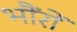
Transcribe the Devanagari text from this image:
भौंरों